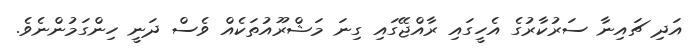
އަދި ޗައިނާ ސަރުކާރުގެ އެހީގައި ރާއްޖޭގައި ގިނަ މަޝްރޫއުތަކެއް ވެސް ދަނީ ހިންގަމުންނެވެ.